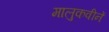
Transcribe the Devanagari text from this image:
मालुकवीनें